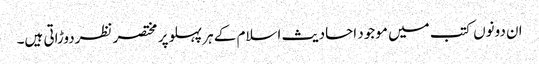
ان دونوں کتب میں موجود احادیث اسلام کے ہر پہلو پر مختصر نظردوڑاتی ہیں۔